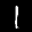
Label: 1